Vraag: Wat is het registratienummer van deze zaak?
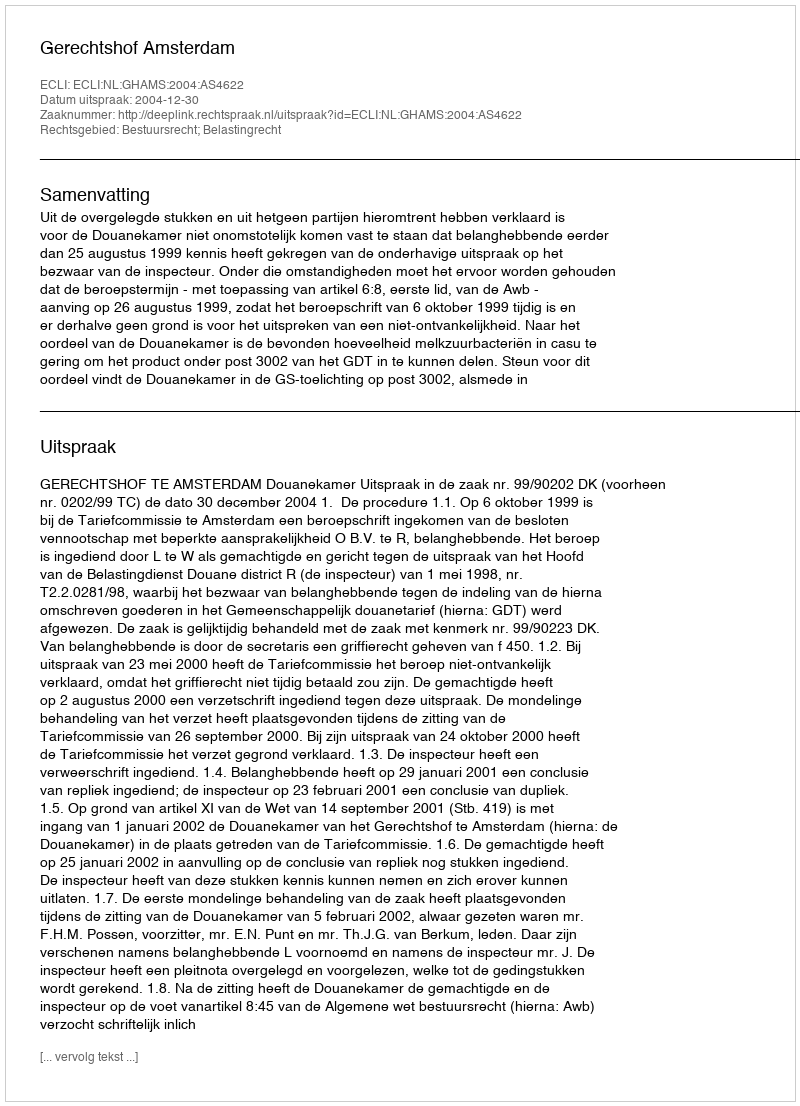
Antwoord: http://deeplink.rechtspraak.nl/uitspraak?id=ECLI:NL:GHAMS:2004:AS4622